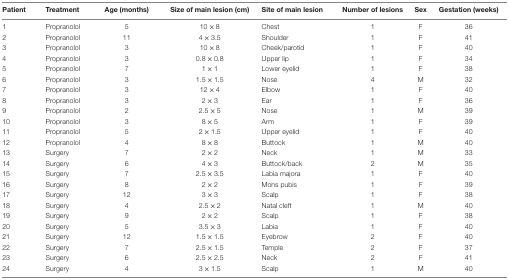
| Patient | Treatment | Age (months) | Size of main lesion (cm) | Site of main lesion | Number of lesions | Sex | Gestation (weeks) |
 | --- | --- | --- | --- | --- | --- | --- | --- |
 | 1 | Propranolol | 5 | 10 × 8 | Chest | 1 | F | 36 |
 | 2 | Propranolol | 11 | 4 × 3.5 | Shoulder | 1 | F | 41 |
 | 3 | Propranolol | 3 | 10 × 8 | Cheek/parotid | 1 | F | 40 |
 | 4 | Propranolol | 3 | 0.8 × 0.8 | Upper lip | 1 | F | 34 |
 | 5 | Propranolol | 7 | 1 × 1 | Lower eyelid | 1 | F | 38 |
 | 6 | Propranolol | 3 | 1.5 × 1.5 | Nose | 4 | M | 32 |
 | 7 | Propranolol | 3 | 12 × 4 | Elbow | 1 | F | 40 |
 | 8 | Propranolol | 3 | 2 × 3 | Ear | 1 | F | 36 |
 | 9 | Propranolol | 2 | 2.5 × 5 | Nose | 1 | M | 39 |
 | 10 | Propranolol | 3 | 8 × 5 | Arm | 1 | F | 39 |
 | 11 | Propranolol | 5 | 2 × 1.5 | Upper eyelid | 1 | F | 40 |
 | 12 | Propranolol | 4 | 8 × 8 | Buttock | 1 | M | 40 |
 | 13 | Surgery | 7 | 2 × 2 | Neck | 1 | M | 33 |
 | 14 | Surgery | 6 | 4 × 3 | Buttock/back | 2 | M | 35 |
 | 15 | Surgery | 7 | 2.5 × 3.5 | Labia majora | 1 | F | 40 |
 | 16 | Surgery | 8 | 2 × 2 | Mons pubis | 1 | F | 39 |
 | 17 | Surgery | 12 | 3 × 3 | Scalp | 1 | F | 38 |
 | 18 | Surgery | 4 | 2.5 × 2 | Natal cleft | 1 | M | 40 |
 | 19 | Surgery | 9 | 2 × 2 | Scalp | 1 | F | 38 |
 | 20 | Surgery | 5 | 3.5 × 3 | Labia | 1 | F | 40 |
 | 21 | Surgery | 12 | 1.5 × 1.5 | Eyebrow | 2 | F | 40 |
 | 22 | Surgery | 7 | 2.5 × 1.5 | Temple | 2 | F | 37 |
 | 23 | Surgery | 6 | 2.5 × 2.5 | Neck | 2 | F | 41 |
 | 24 | Surgery | 4 | 3 × 1.5 | Scalp | 1 | M | 40 |